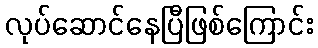
လုပ်ဆောင်နေပြီဖြစ်ကြောင်း